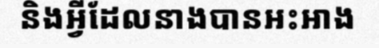
និងអ្វីដែលនាងបានអះអាង